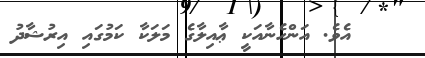
އެވެ. އަންހެނާއަކީ ޢާއިލާގެ މަލަކާ ކަމުގައި އިރުޝާދު